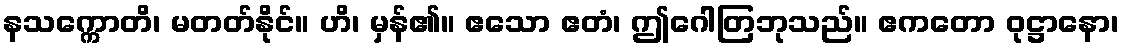
နသက္ကောတိ၊ မတတ်နိုင်။ ဟိ၊ မှန်၏။ ဧသော ဧတံ၊ ဤဂေါတြဘုသည်။ ဧကတော ဝုဋ္ဌာနော၊